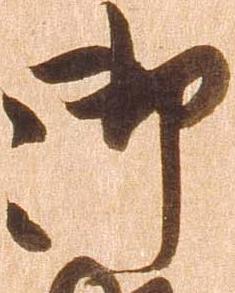
御